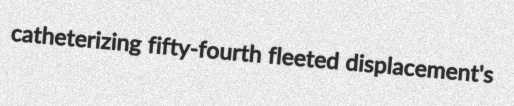
catheterizing fifty-fourth fleeted displacement's